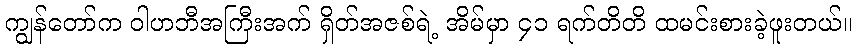
ကျွန်တော်က ဝါဟဘီအကြီးအက် ရှိတ်အဇစ်ရဲ့ အိမ်မှာ ၄၁ ရက်တိတိ ထမင်းစားခဲ့ဖူးတယ်။